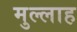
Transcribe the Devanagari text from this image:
मुल्‍लाह